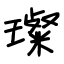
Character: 璨